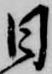
日